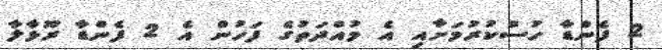
2 ފެންޑާ ހުސްކުރުމަށާއި އެ މުއްދަތުގެ ފަހުން އެ 2 ފެންޑާ ރޫޅާލާ